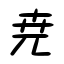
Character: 尭